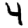
Digit: 4